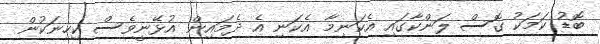
ބޮޑު ކަމަކު ގޮސް ލަންކާގައި އެކަނިމާ އެކަނި އެ ދެމައިން އުޅޭނީވެސް ކިހިނަކުން